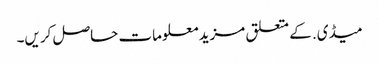
میڈی. کے متعلق مزید معلومات حاصل کریں۔